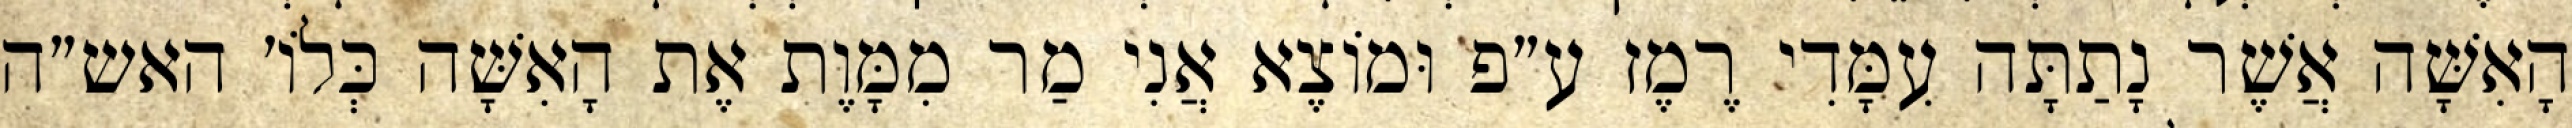
הָאִשָּׁה אֲשֶׁר נָתַתָּה עִמָּדִי רֶמֶז ע״פ וּמוֹצֶא אֲנִי מַר מִמָּוֶת אֶת הָאִשָּׁה כְּלוֹ׳ האש״ה